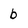
Character: b